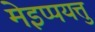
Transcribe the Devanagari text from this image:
मेइप्पयत्तु